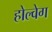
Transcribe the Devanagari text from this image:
होल्वेग